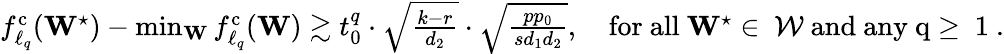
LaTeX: \begin{array}{r}{f_{\ell_{q}}^{\mathrm{c}}(\mathbf{W}^{\star})-\operatorname*{min}_{\mathbf{W}}f_{\ell_{q}}^{\mathrm{c}}(\mathbf{W})\gtrsim t_{0}^{q}\cdot\sqrt{\frac{k-r}{d_{2}}}\cdot\sqrt{\frac{pp_{0}}{sd_{1}d_{2}}},\quad\mathrm{for~all~\mathbf{W}^\star\in~\mathcal{W}~and~any~q\geq~1~}.}\end{array}